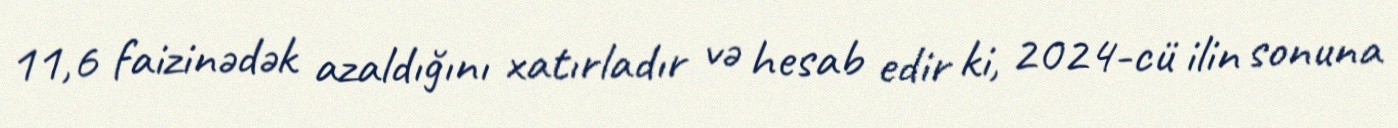
11,6 faizinədək azaldığını xatırladır və hesab edir ki, 2024-cü ilin sonuna